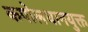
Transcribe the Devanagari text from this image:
कपोलधानयुक्त